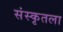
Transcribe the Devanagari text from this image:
संस्कृतला